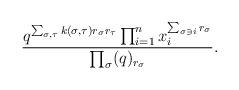
LaTeX: \begin{align*}\frac{q^{\sum_{\sigma,\tau}k(\sigma,\tau)r_{\sigma}r_{\tau}}\prod_{i=1}^n x_i^{\sum_{\sigma\ni i} r_\sigma}}{\prod_{\sigma} (q)_{r_\sigma}}.\end{align*}